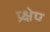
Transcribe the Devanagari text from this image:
प्र्क्षेप